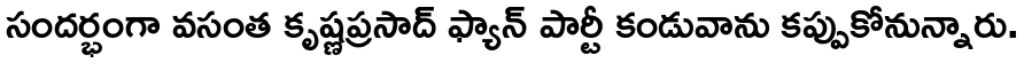
సందర్భంగా వసంత కృష్ణప్రసాద్ ఫ్యాన్ పార్టీ కండువాను కప్పుకోనున్నారు.